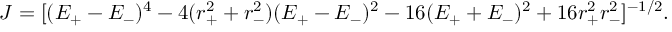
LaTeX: J = [ ( E _ { + } - E _ { - } ) ^ { 4 } - 4 ( r _ { + } ^ { 2 } + r _ { - } ^ { 2 } ) ( E _ { + } - E _ { - } ) ^ { 2 } - 1 6 ( E _ { + } + E _ { - } ) ^ { 2 } + 1 6 r _ { + } ^ { 2 } r _ { - } ^ { 2 } ] ^ { - { 1 / 2 } } .